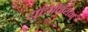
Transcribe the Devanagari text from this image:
युटोनियम